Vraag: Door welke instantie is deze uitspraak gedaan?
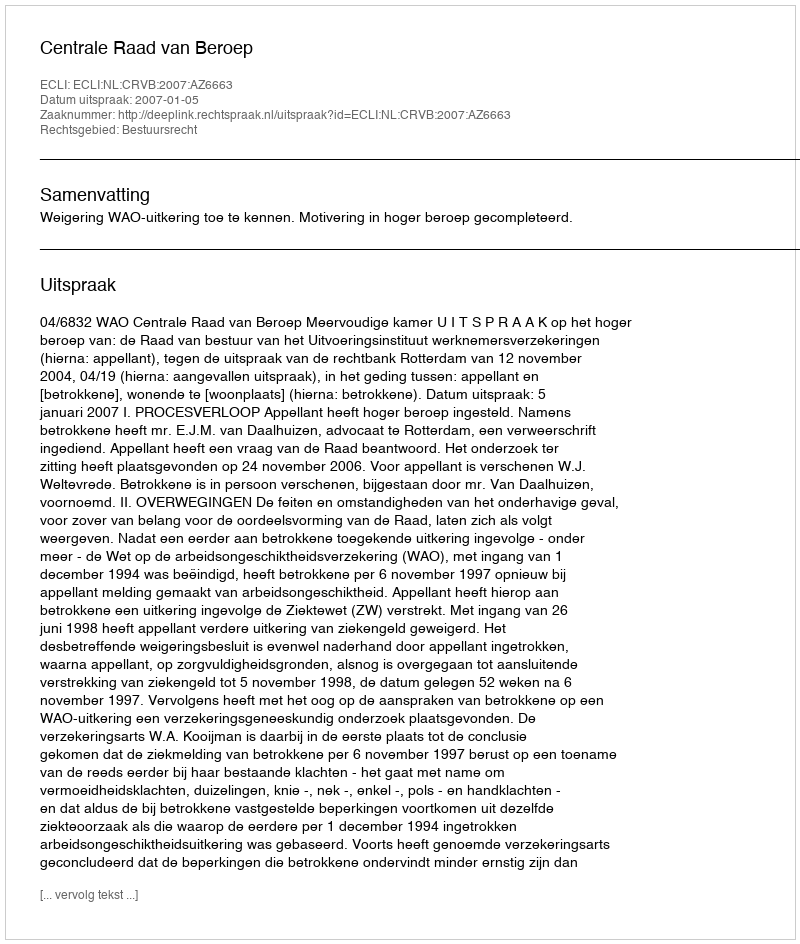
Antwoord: Centrale Raad van Beroep